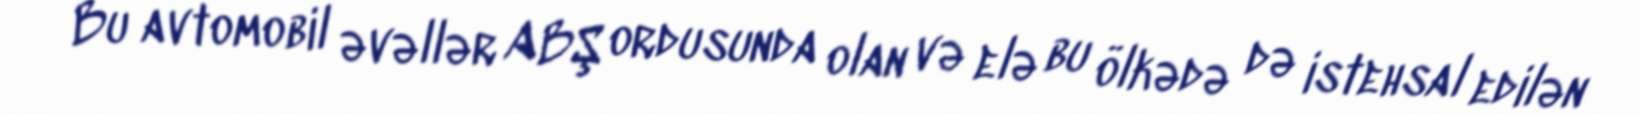
Bu avtomobil əvəllər ABŞ ordusunda olan və elə bu ölkədə də istehsal edilən